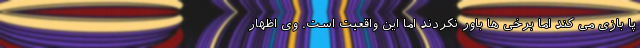
پا بازی می کند اما برخی ها باور نکردند اما این واقعیت است. وی اظهار